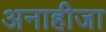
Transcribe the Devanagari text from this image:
अनाहीजा